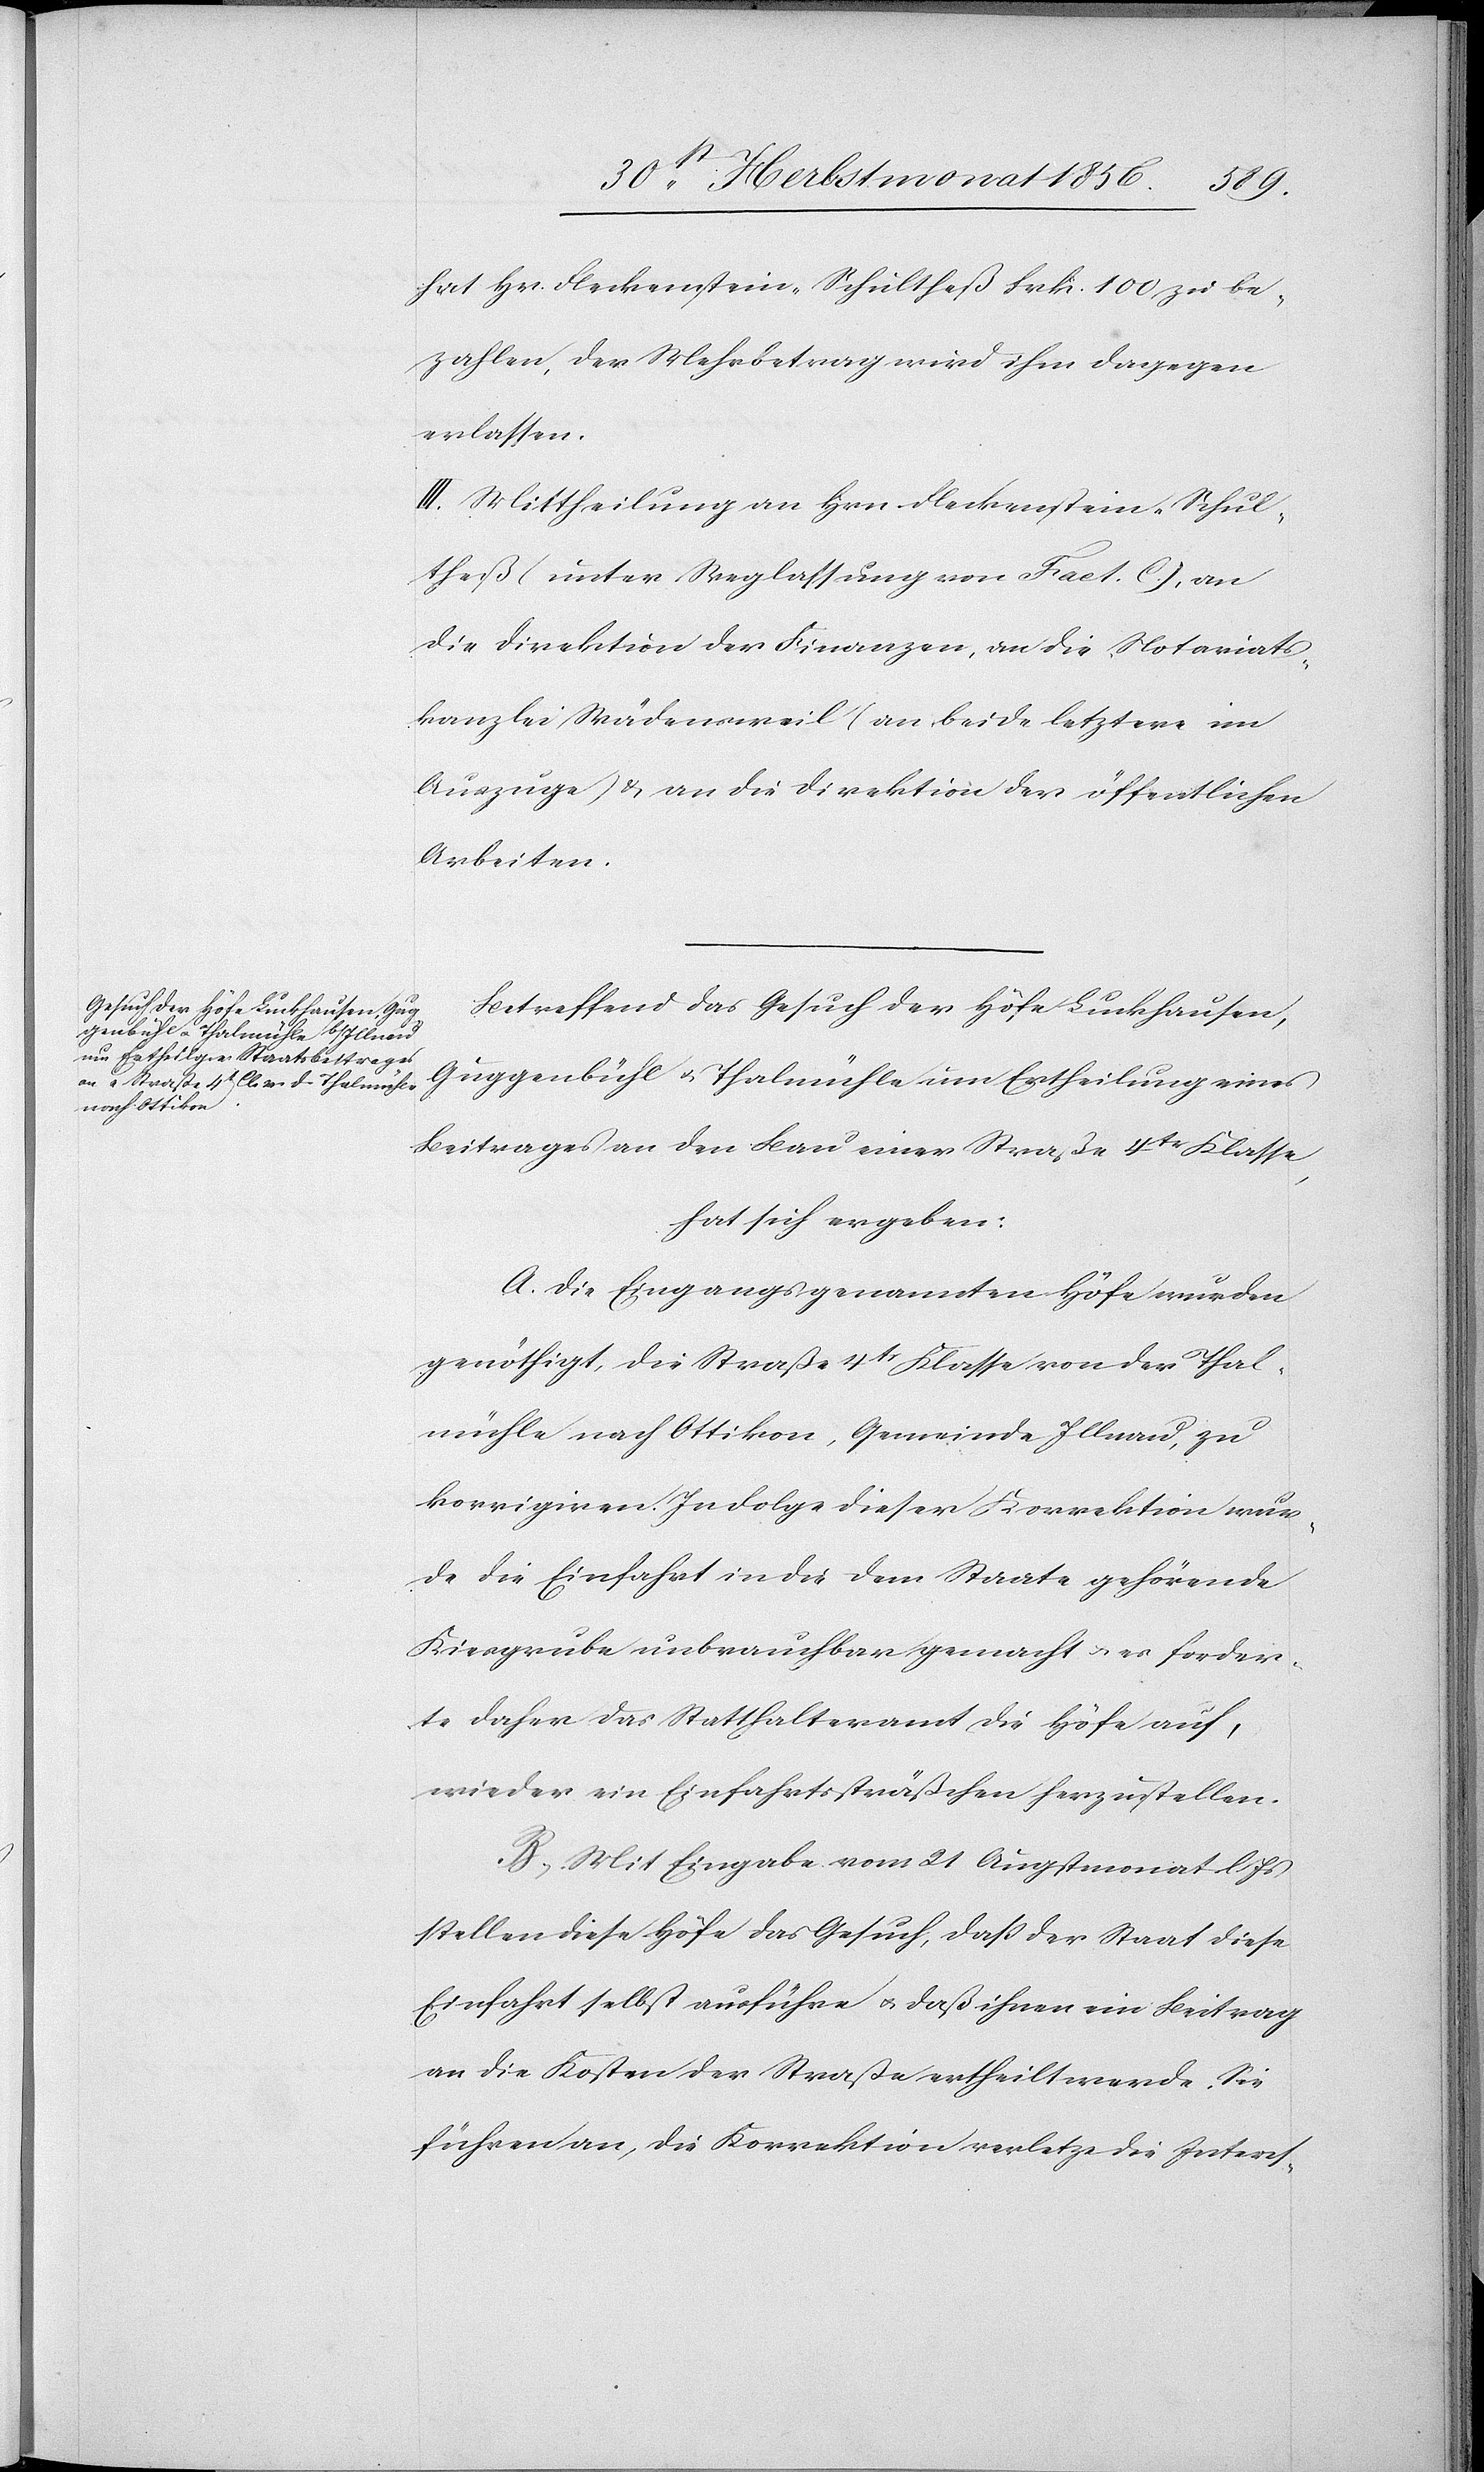
hat Hr Fleckenstein-Schultheß Frk. 100 zu be¬
zahlen, der Mehrbetrag wird ihm dagegen
erlassen.
III.) Mittheilung an Hrn. Fleckenstein-Schul¬
theß (unter Weglassung von Fact. C), an
die Direktion der Finanzen, an die Notariats¬
kanzlei Wädensweil (an beide letztere im
Auszuge) & an die Direktion der öffentlichen
Arbeiten.
Betreffend das Gesuch der Höfe Luckhausen,
Guggenbühl u. Thalmühle um Ertheilung eines
Beitrages an den Bau einer Straße 4tr Klasse,
hat sich ergeben:
A.) Die Eingangs genannten Höfe wurden
genöthigt, die Straße 4tr Klasse von der Thal¬
mühle nach Ottikon, Gemeinde Illnau, zu
korrigiren. In Folge dieser Korrektion wur¬
de die Einfahrt in die dem Staate gehörende
Kiesgrube unbrauchbar gemacht u. es forder¬
te daher das Statthalteramt die Höfe auf,
wieder ein Einfahrtssträßchen herzustellen.
B.) Mit Eingabe vom 21 Augstmonat l
stellen diese Höfe das Gesuch, dass der Staat diese
Einfahrt selbst ausführe u. daß ihnen ein Beitrag
an die Kosten der Straße ertheilt werde. Sie
führen an, die Korrektion verletze die Interes-